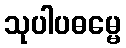
သုပါပဓမ္မေ